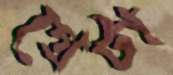
গ্রেটা